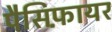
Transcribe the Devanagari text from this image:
पैसिफ़ायर